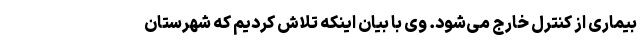
بیماری از کنترل خارج می‌شود. وی با بیان اینکه تلاش کردیم که شهرستان